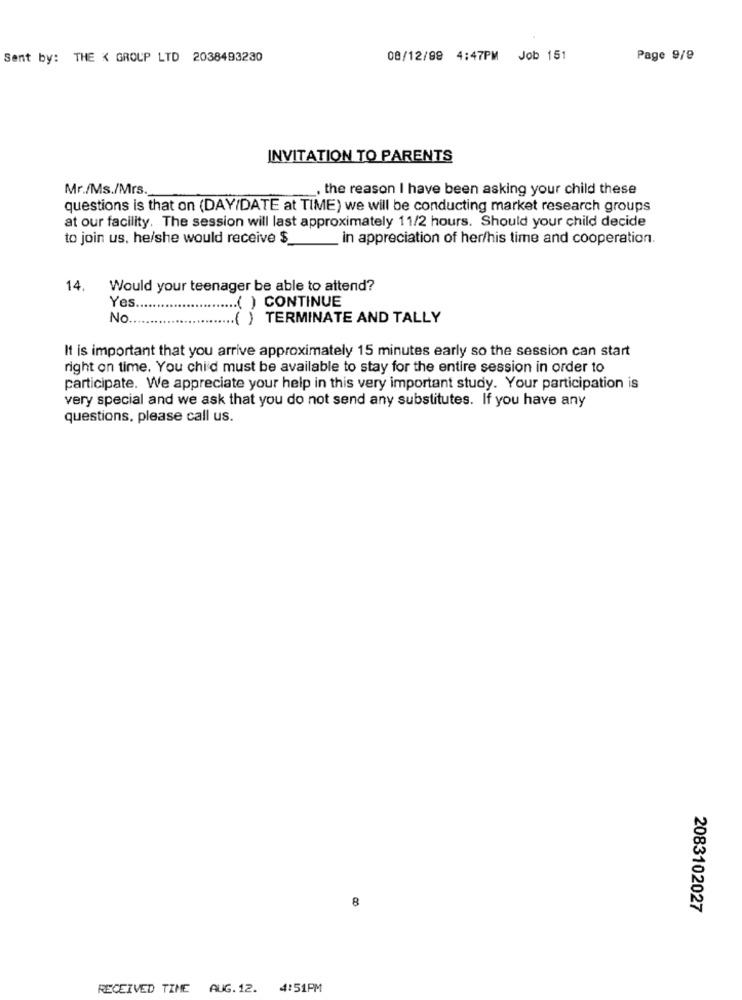
Sent by: THE < GROUP LTD 2038493230
08/12/98 4:47PM Job 151
Page 9/9
INVITATION TO PARENTS
Mr./Ms./Mrs.
, the reason I have been asking your child these
questions is that on (DAY/DATE at TIME) we will be conducting market research groups
at our facility. The session will last approximately 11/2 hours. Should your child decide
to join us, he/she would receive $
in appreciation of her/his time and cooperation.
14.
Would your teenager be able to attend?
Yes
.. ( ) CONTINUE
No
( ) TERMINATE AND TALLY
It is important that you arrive approximately 15 minutes early so the session can start
right on time. You chi'd must be available to stay for the entire session in order to
participate. We appreciate your help in this very important study. Your participation is
very special and we ask that you do not send any substitutes. If you have any
questions, please call us.
8
2083102027
RECEIVED TIME AUG.12. 4:51PM